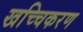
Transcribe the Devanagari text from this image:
खच्चिकरण